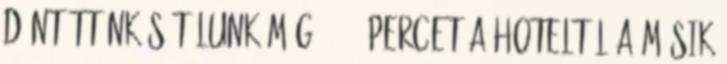
döntöttünk sétálunk még 20-30 percet a hoteltől a másik